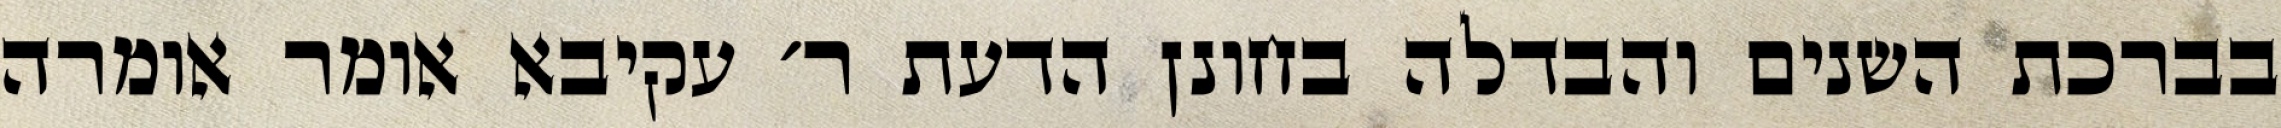
בברכת השנים והבדלה בחונן הדעת ר׳ עקיבא אומר אומרה